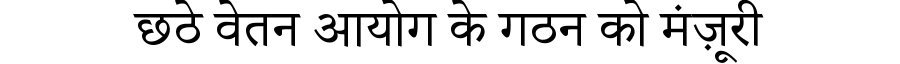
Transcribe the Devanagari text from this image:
छठे वेतन आयोग के गठन को मंज़ूरी